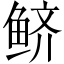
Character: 鲚